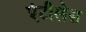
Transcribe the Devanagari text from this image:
एंटीलेस